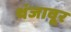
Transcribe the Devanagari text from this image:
थंजावूर